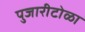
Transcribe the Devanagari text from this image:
पुजारीटोळा